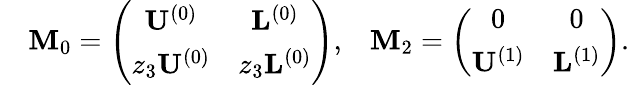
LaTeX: \begin{array}{rlr}&{\mathbf{M}_{0}=\left(\begin{array}{cc}{\mathbf{U}^{(0)}}&{\mathbf{L}^{(0)}}\\ {z_{3}\mathbf{U}^{(0)}}&{z_{3}\mathbf{L}^{(0)}}\end{array}\right),}&{\mathbf{M}_{2}=\left(\begin{array}{cc}{0}&{0}\\ {\mathbf{U}^{(1)}}&{\mathbf{L}^{(1)}}\end{array}\right).}\end{array}